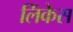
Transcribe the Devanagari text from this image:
लिंकेस